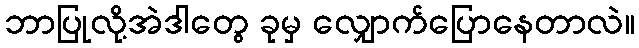
ဘာပြုလို့အဲဒါတွေ ခုမှ လျှောက်ပြောနေတာလဲ။